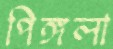
পিঙ্গলা